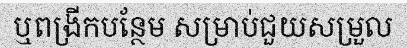
ឬពង្រីកបន្ថែម សម្រាប់ជួយសម្រួល